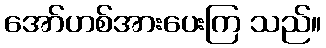
အော်ဟစ်အားပေးကြ သည်။